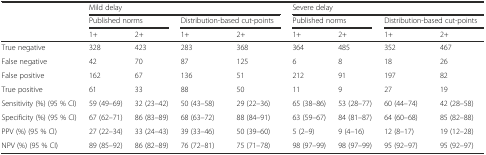
<table><thead><tr><td></td><td colspan="4"><b>Mild delay</b></td><td colspan="4"><b>Severe delay</b></td></tr><tr><td></td><td colspan="2"><b>Published norms</b></td><td colspan="2"><b>Distribution-based cut-points</b></td><td colspan="2"><b>Published norms</b></td><td colspan="2"><b>Distribution-based cut-points</b></td></tr><tr><td></td><td><b>1+</b></td><td><b>2+</b></td><td><b>1+</b></td><td><b>2+</b></td><td><b>1+</b></td><td><b>2+</b></td><td><b>1+</b></td><td><b>2+</b></td></tr></thead><tbody><tr><td>True negative</td><td>328</td><td>423</td><td>283</td><td>368</td><td>364</td><td>485</td><td>352</td><td>467</td></tr><tr><td>False negative</td><td>42</td><td>70</td><td>87</td><td>125</td><td>6</td><td>8</td><td>18</td><td>26</td></tr><tr><td>False positive</td><td>162</td><td>67</td><td>136</td><td>51</td><td>212</td><td>91</td><td>197</td><td>82</td></tr><tr><td>True positive</td><td>61</td><td>33</td><td>88</td><td>50</td><td>11</td><td>9</td><td>27</td><td>19</td></tr><tr><td>Sensitivity (%) (95 % CI)</td><td>59 (49–69)</td><td>32 (23–42)</td><td>50 (43–58)</td><td>29 (22–36)</td><td>65 (38–86)</td><td>53 (28–77)</td><td>60 (44–74)</td><td>42 (28–58)</td></tr><tr><td>Specificity (%) (95 % CI)</td><td>67 (62–71)</td><td>86 (83–89)</td><td>68 (63–72)</td><td>88 (84–91)</td><td>63 (59–67)</td><td>84 (81–87)</td><td>64 (60–68)</td><td>85 (82–88)</td></tr><tr><td>PPV (%) (95 % CI)</td><td>27 (22–34)</td><td>33 (24–43)</td><td>39 (33–46)</td><td>50 (39–60)</td><td>5 (2–9)</td><td>9 (4–16)</td><td>12 (8–17)</td><td>19 (12–28)</td></tr><tr><td>NPV (%) (95 % CI)</td><td>89 (85–92)</td><td>86 (82–89)</td><td>76 (72–81)</td><td>75 (71–78)</td><td>98 (97–99)</td><td>98 (97–99)</td><td>95 (92–97)</td><td>95 (92–97)</td></tr></tbody></table>